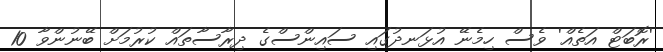
'ރޮބަޓް އަތެއް' ވެސް ހިމެނޭ އުޅަނދުގައި ސައިންސްގެ ދިރާސާތައް ކުރުމަށް ބޭނުންވާ 10